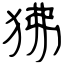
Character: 狒